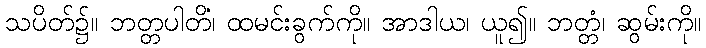
သပိတ်၌။ ဘတ္တပါတိံ၊ ထမင်းခွက်ကို။ အာဒါယ၊ ယူ၍။ ဘတ္တံ၊ ဆွမ်းကို။